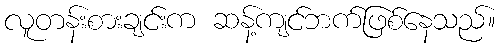
လူတန်းစားချင်းက ဆန့်ကျင်ဘက်ဖြစ်နေသည်။